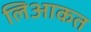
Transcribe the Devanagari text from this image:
लिआकत